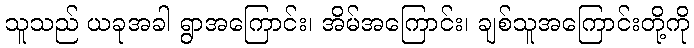
သူသည် ယခုအခါ ရွာအကြောင်း၊ အိမ်အကြောင်း၊ ချစ်သူအကြောင်းတို့ကို